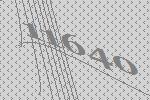
11640